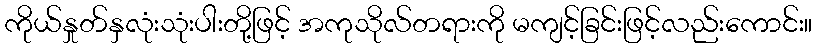
ကိုယ်နှုတ်နှလုံးသုံးပါးတို့ဖြင့် အကုသိုလ်တရားကို မကျင့်ခြင်းဖြင့်လည်းကောင်း။